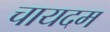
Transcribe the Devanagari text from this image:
चायदम